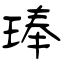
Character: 琫